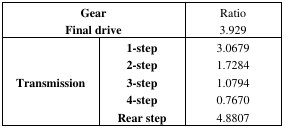
| <COLSPAN=2> GearFinal drive | Ratio3.929 |
 | --- | --- | --- |
 | <ROWSPAN=5> Transmission | 1-step | 3.0679 |
 | 2-step | 1.7284 |
 | 3-step | 1.0794 |
 | 4-step | 0.7670 |
 | Rear step | 4.8807 |